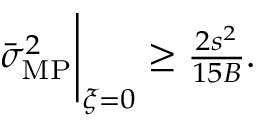
\begin{array} { r } { \bar { \sigma } _ { \mathrm { M P } } ^ { 2 } \Bigg | _ { { \boldsymbol \xi } = 0 } \geq \frac { 2 s ^ { 2 } } { 1 5 B } . } \end{array}